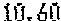
10.60